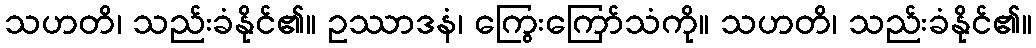
သဟတိ၊ သည်းခံနိုင်၏။ ဥဿာဒနံ၊ ကြွေးကြော်သံကို။ သဟတိ၊ သည်းခံနိုင်၏။